Civil Veterinary Department Bengal reports 1933-51 - 1933-1951
Year: 1933
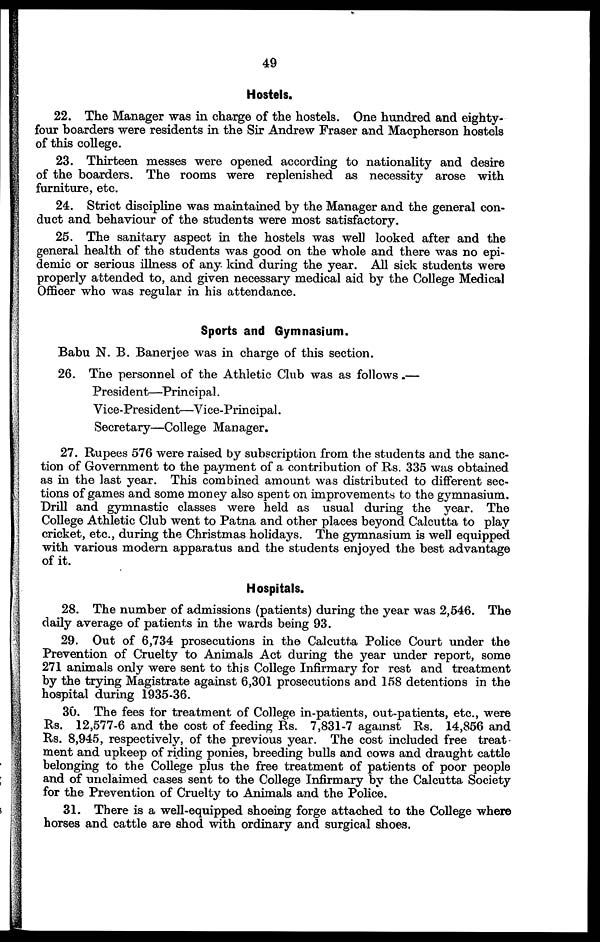
49
Hostels.
22. The Manager was in charge of the hostels. One hundred and eighty-
four boarders were residents in the Sir Andrew Fraser and Macpherson hostels
of this college.
23. Thirteen messes were opened according to nationality and desire
of the boarders. The rooms were replenished as necessity arose with
furniture, etc.
24. Strict discipline was maintained by the Manager and the general con-
duct and behaviour of the students were most satisfactory.
25. The sanitary aspect in the hostels was well looked after and the
general health of the students was good on the whole and there was no epi-
demic or serious illness of any kind during the year. All sick students were
properly attended to, and given necessary medical aid by the College Medical
Officer who was regular in his attendance.
Sports and Gymnasium.
Babu N. B. Banerjee was in charge of this section.
26. The personnel of the Athletic Club was as follows.—
President—Principal.
Vice-President—Vice-Principal.
Secretary—College Manager.
27. Rupees 576 were raised by subscription from the students and the sanc-
tion of Government to the payment of a contribution of Rs. 335 was obtained
as in the last year. This combined amount was distributed to different sec-
tions of games and some money also spent on improvements to the gymnasium.
Drill and gymnastic classes were held as usual during the year. The
College Athletic Club went to Patna and other places beyond Calcutta to play
cricket, etc., during the Christmas holidays. The gymnasium is well equipped
with various modern apparatus and the students enjoyed the best advantage
of it.
Hospitals.
28. The number of admissions (patients) during the year was 2,546. The
daily average of patients in the wards being 93.
29. Out of 6,734 prosecutions in the Calcutta Police Court under the
Prevention of Cruelty to Animals Act during the year under report, some
271 animals only were sent to this College Infirmary for rest and treatment
by the trying Magistrate against 6,301 prosecutions and 158 detentions in the
hospital during 1935-36.
30. The fees for treatment of College in-patients, out-patients, etc., were
Rs. 12,577-6 and the cost of feeding Rs. 7,831-7 against Rs. 14,856 and
Rs. 8,945, respectively, of the previous year. The cost included free treat
ment and upkeep of riding ponies, breeding bulls and cows and draught cattle
belonging to the College plus the free treatment of patients of poor people
and of unclaimed cases sent to the College Infirmary by the Calcutta Society
for the Prevention of Cruelty to Animals and the Police.
31. There is a well-equipped shoeing forge attached to the College where
horses and cattle are shod with ordinary and surgical shoes.